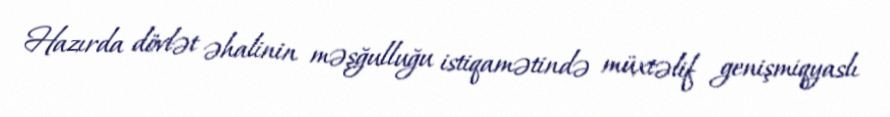
Hazırda dövlət əhalinin məşğulluğu istiqamətində müxtəlif genişmiqyaslı